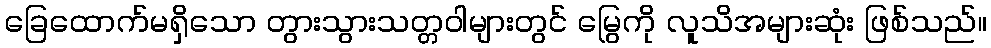
ခြေထောက်မရှိသော တွားသွားသတ္တဝါများတွင် မြွေကို လူသိအများဆုံး ဖြစ်သည်။